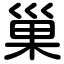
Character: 巢